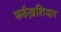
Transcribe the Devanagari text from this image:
फर्रुख़शियार